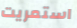
استمريت